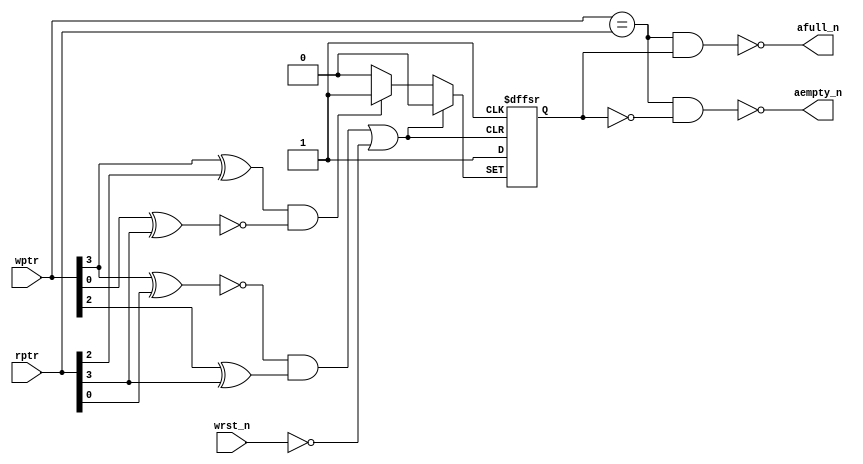
////////////////////////////////////////////////////////////////////////////////
//
// FPGAVN.COM
//
// Description  : This is asynchronous comparison module,
//  + used to compare read and write pointers to detect full & empty condition..
//
// History (Date, Changed By)
//
////////////////////////////////////////////////////////////////////////////////

module async_cmp
    (
     wrst_n,
     wptr,
     rptr,
     afull_n,
     aempty_n
     );

////////////////////////////////////////////////////////////////////////////////
// Parameter declarations
parameter   ADDW = 4;
parameter   N = ADDW-1;

////////////////////////////////////////////////////////////////////////////////
// Port declarations
input       wrst_n;
input [N:0] wptr;
input [N:0] rptr;
output      afull_n;
output      aempty_n;

////////////////////////////////////////////////////////////////////////////////
// Local logic and instantiation
reg         direction;
wire        high = 1'b1;

wire        dirset_n;
assign      dirset_n = ~(   (wptr[N]^rptr[N-1]) & ~(wptr[N-1:0]^rptr[N]));
wire        dirclr_n;
assign      dirclr_n = ~((~(wptr[N]^rptr[N-1:0]) & (wptr[N-1]^rptr[N])) | ~wrst_n);

always @(posedge high or negedge dirset_n or negedge dirclr_n)
    begin
    if      (!dirclr_n) direction <= 1'b0;
    else if (!dirset_n) direction <= 1'b1;
    else                direction <= high;
    end

assign aempty_n = ~((wptr == rptr) && !direction);
assign afull_n  = ~((wptr == rptr) && direction);

endmodule